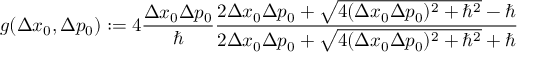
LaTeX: g ( \Delta x _ { 0 } , \Delta p _ { 0 } ) : = 4 \frac { \Delta x _ { 0 } \Delta p _ { 0 } } { \hbar } \frac { 2 \Delta x _ { 0 } \Delta p _ { 0 } + \sqrt { 4 ( \Delta x _ { 0 } \Delta p _ { 0 } ) ^ { 2 } + { \hbar } ^ { 2 } } - \hbar } { 2 \Delta x _ { 0 } \Delta p _ { 0 } + \sqrt { 4 ( \Delta x _ { 0 } \Delta p _ { 0 } ) ^ { 2 } + { \hbar } ^ { 2 } } + \hbar }